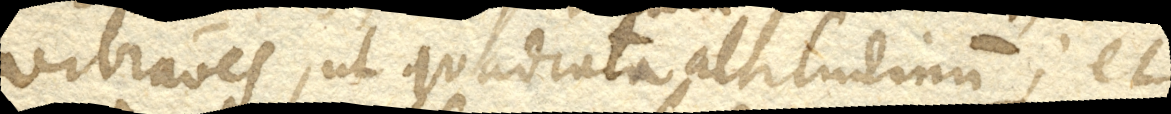
vibrationes, ut quadrata altitudinum; et